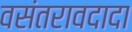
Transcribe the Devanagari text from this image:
वसंतरावदादा